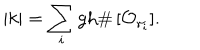
LaTeX: | k | = \sum _ { i } \mathrm { g h } \# \, [ { \cal O } _ { \gamma _ { i } } ] .